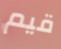
قيم